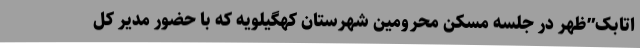
اتابک”ظهر در جلسه مسکن محرومین شهرستان کهگیلویه که با حضور مدیر کل